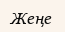
Жеңе